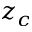
z _ { c }